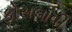
ફોસલાવી